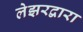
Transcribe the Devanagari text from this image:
लेझरद्वारा